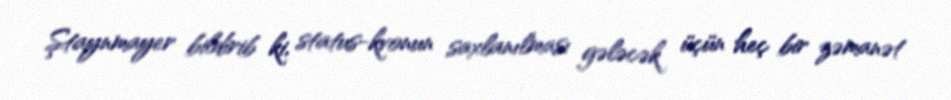
Ştaynmayer bildirib ki, status-kvonun saxlanılması gələcək üçün heç bir zəmanət